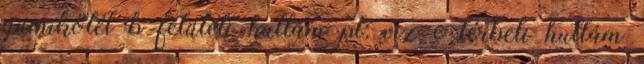
gumikötél b felületi hullám pl: víz c térbeli hullám